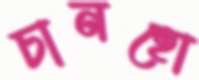
চানহো